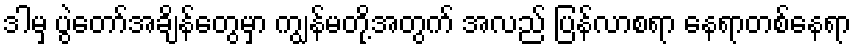
ဒါမှ ပွဲတော်အချိန်တွေမှာ ကျွန်မတို့အတွက် အလည် ပြန်လာစရာ နေရာတစ်နေရာ